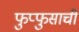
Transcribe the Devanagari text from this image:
फुप्फुसाची